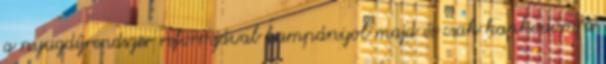
a nyugdíjrendszer reformjával kampányol majd és csak kapkodom a